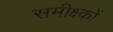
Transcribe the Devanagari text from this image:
समीक्ष्कों